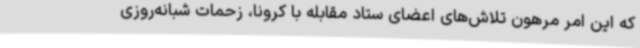
که این امر مرهون تلاش‌های اعضای ستاد مقابله با کرونا، زحمات شبانه‌روزی